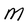
Character: M